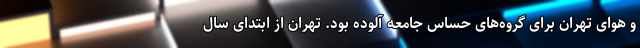
و هوای تهران برای گروه‌های حساس جامعه آلوده بود. تهران از ابتدای سال